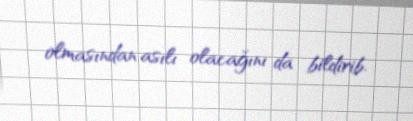
olmasından asılı olacağını da bildirib.